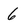
Character: 6